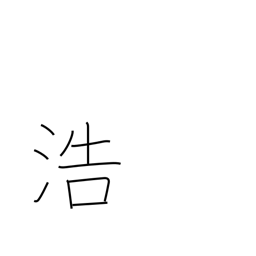
Meaning: abundance